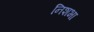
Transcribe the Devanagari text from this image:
निशभा